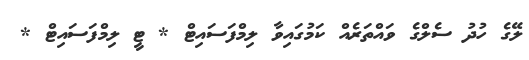
ލޭގެ ހުދު ސެލްގެ ވައްތަރެއް ކަމުގައިވާ ލިމްފަސައިޓް * ޓީ ލިމްފަސައިޓް *